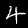
Label: 4